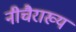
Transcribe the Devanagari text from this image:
नीचैराख्यं